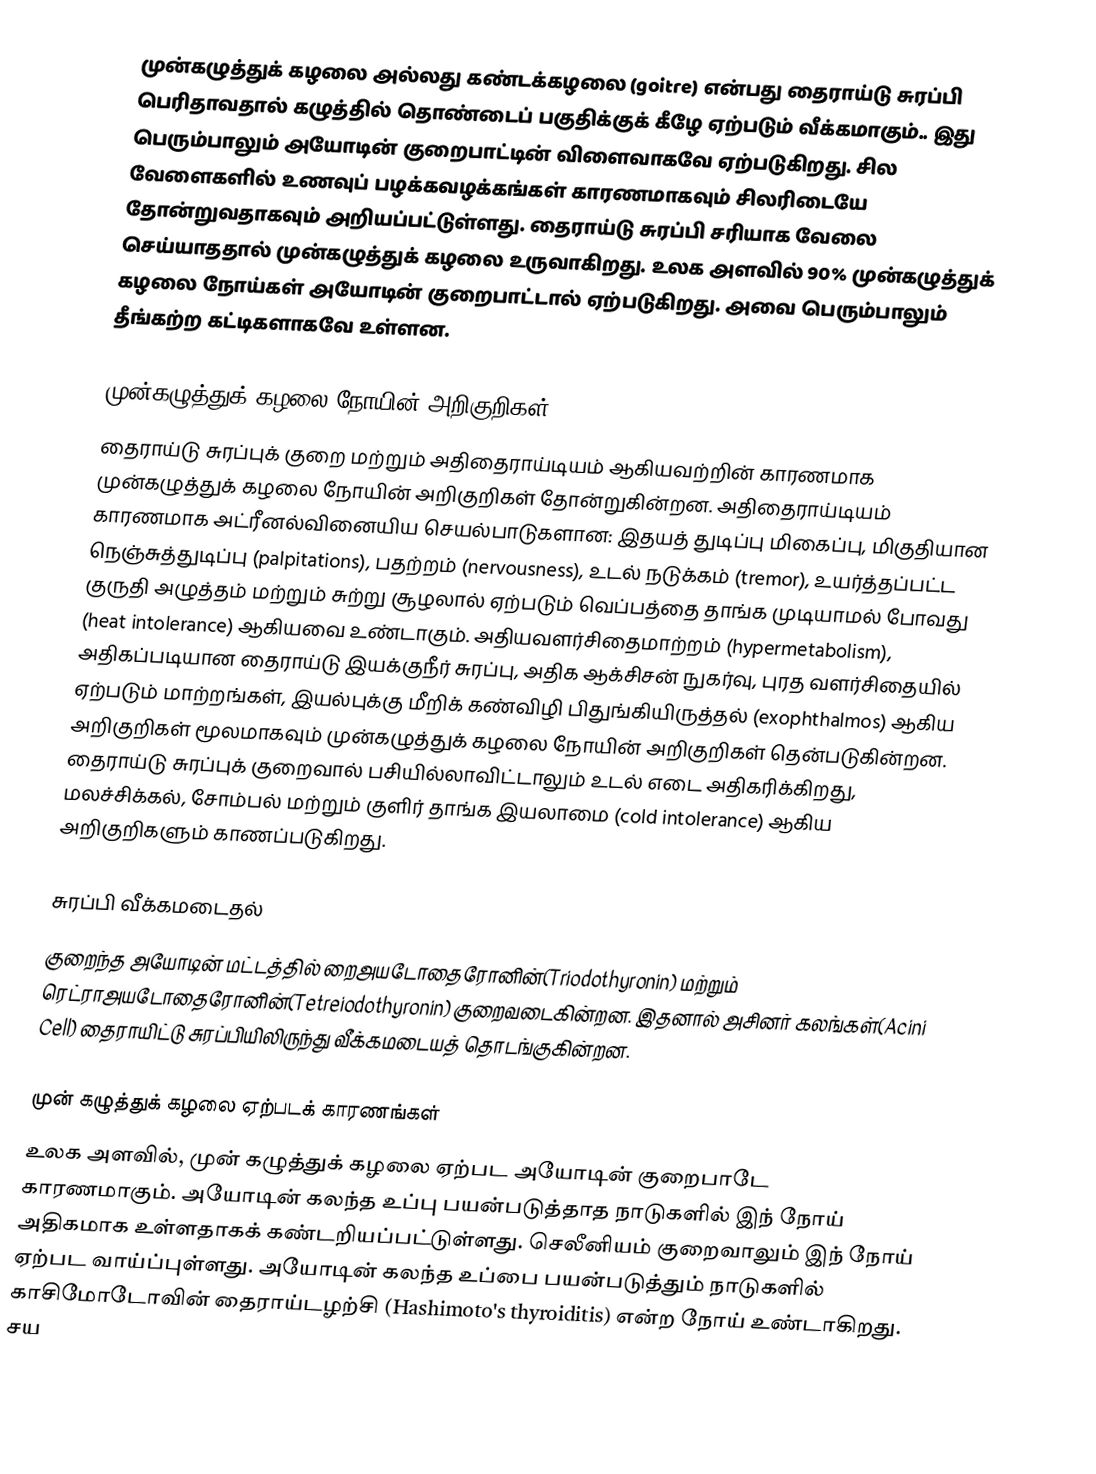
முன்கழுத்துக் கழலை அல்லது கண்டக்கழலை (goitre) என்பது தைராய்டு சுரப்பி பெரிதாவதால் கழுத்தில் தொண்டைப் பகுதிக்குக் கீழே ஏற்படும் வீக்கமாகும்..  இது பெரும்பாலும் அயோடின் குறைபாட்டின் விளைவாகவே ஏற்படுகிறது. சில வேளைகளில் உணவுப் பழக்கவழக்கங்கள் காரணமாகவும் சிலரிடையே தோன்றுவதாகவும் அறியப்பட்டுள்ளது. தைராய்டு சுரப்பி சரியாக வேலை செய்யாததால் முன்கழுத்துக் கழலை உருவாகிறது. உலக அளவில் 90% முன்கழுத்துக் கழலை நோய்கள் அயோடின் குறைபாட்டால் ஏற்படுகிறது. அவை பெரும்பாலும் தீங்கற்ற கட்டிகளாகவே உள்ளன.

முன்கழுத்துக் கழலை நோயின் அறிகுறிகள்
தைராய்டு சுரப்புக் குறை மற்றும் அதிதைராய்டியம் ஆகியவற்றின் காரணமாக முன்கழுத்துக் கழலை நோயின் அறிகுறிகள் தோன்றுகின்றன. அதிதைராய்டியம் காரணமாக அட்ரீனல்வினையிய செயல்பாடுகளான: இதயத் துடிப்பு மிகைப்பு, மிகுதியான நெஞ்சுத்துடிப்பு (palpitations), பதற்றம் (nervousness), உடல் நடுக்கம் (tremor), உயர்த்தப்பட்ட குருதி அழுத்தம் மற்றும் சுற்று சூழலால் ஏற்படும் வெப்பத்தை தாங்க முடியாமல் போவது (heat intolerance) ஆகியவை உண்டாகும். அதியவளர்சிதைமாற்றம் (hypermetabolism), அதிகப்படியான தைராய்டு இயக்குநீர் சுரப்பு, அதிக ஆக்சிசன் நுகர்வு, புரத வளர்சிதையில் ஏற்படும் மாற்றங்கள், இயல்புக்கு மீறிக் கண்விழி பிதுங்கியிருத்தல் (exophthalmos) ஆகிய அறிகுறிகள் மூலமாகவும் முன்கழுத்துக் கழலை நோயின் அறிகுறிகள் தென்படுகின்றன. தைராய்டு சுரப்புக் குறைவால் பசியில்லாவிட்டாலும் உடல் எடை அதிகரிக்கிறது, மலச்சிக்கல், சோம்பல் மற்றும் குளிர் தாங்க இயலாமை (cold intolerance) ஆகிய அறிகுறிகளும் காணப்படுகிறது.

சுரப்பி வீக்கமடைதல்
குறைந்த அயோடின் மட்டத்தில் றைஅயடோதைரோனின்(Triodothyronin) மற்றும் ரெட்ராஅயடோதைரோனின்(Tetreiodothyronin) குறைவடைகின்றன. இதனால் அசினர் கலங்கள்(Acini Cell) தைராயிட்டு சுரப்பியிலிருந்து வீக்கமடையத் தொடங்குகின்றன.

முன் கழுத்துக் கழலை ஏற்படக் காரணங்கள்
உலக அளவில், முன் கழுத்துக் கழலை ஏற்பட அயோடின் குறைபாடே காரணமாகும். அயோடின் கலந்த உப்பு பயன்படுத்தாத நாடுகளில் இந் நோய் அதிகமாக உள்ளதாகக் கண்டறியப்பட்டுள்ளது.  செலீனியம் குறைவாலும் இந் நோய் ஏற்பட வாய்ப்புள்ளது. அயோடின் கலந்த உப்பை பயன்படுத்தும் நாடுகளில் காசிமோடோவின் தைராய்டழற்சி  (Hashimoto's thyroiditis) என்ற நோய் உண்டாகிறது. சய